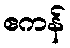
ဧကန်